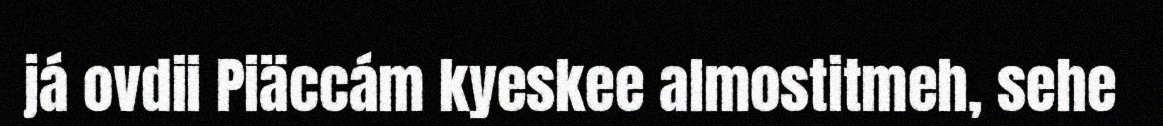
já ovdii Piäccám kyeskee almostitmeh, sehe